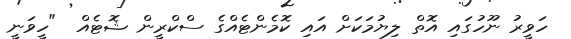
ހަވީރު ނޫހުގައި އޮތް ލިޔުމަކަށް އައި ކޮމެންޓެއްގެ ސްކްރީން ޝޮޓެއް  "ހީވަނީ